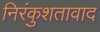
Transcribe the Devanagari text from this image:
निरंकुशतावाद